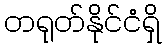
တရုတ်နိုင်ငံရှိ